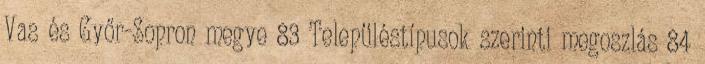
Vas és Győr-Sopron megye 83 Településtípusok szerinti megoszlás 84